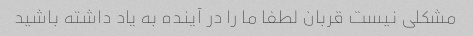
مشکلی نیست قربان لطفا ما را در آینده به یاد داشته باشید